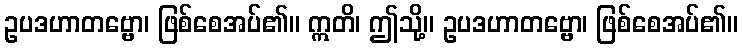
ဥပဒဟာတဗ္ဗော၊ ဖြစ်စေအပ်၏။ ဣတိ၊ ဤသို့။ ဥပဒဟာတဗ္ဗော၊ ဖြစ်စေအပ်၏။